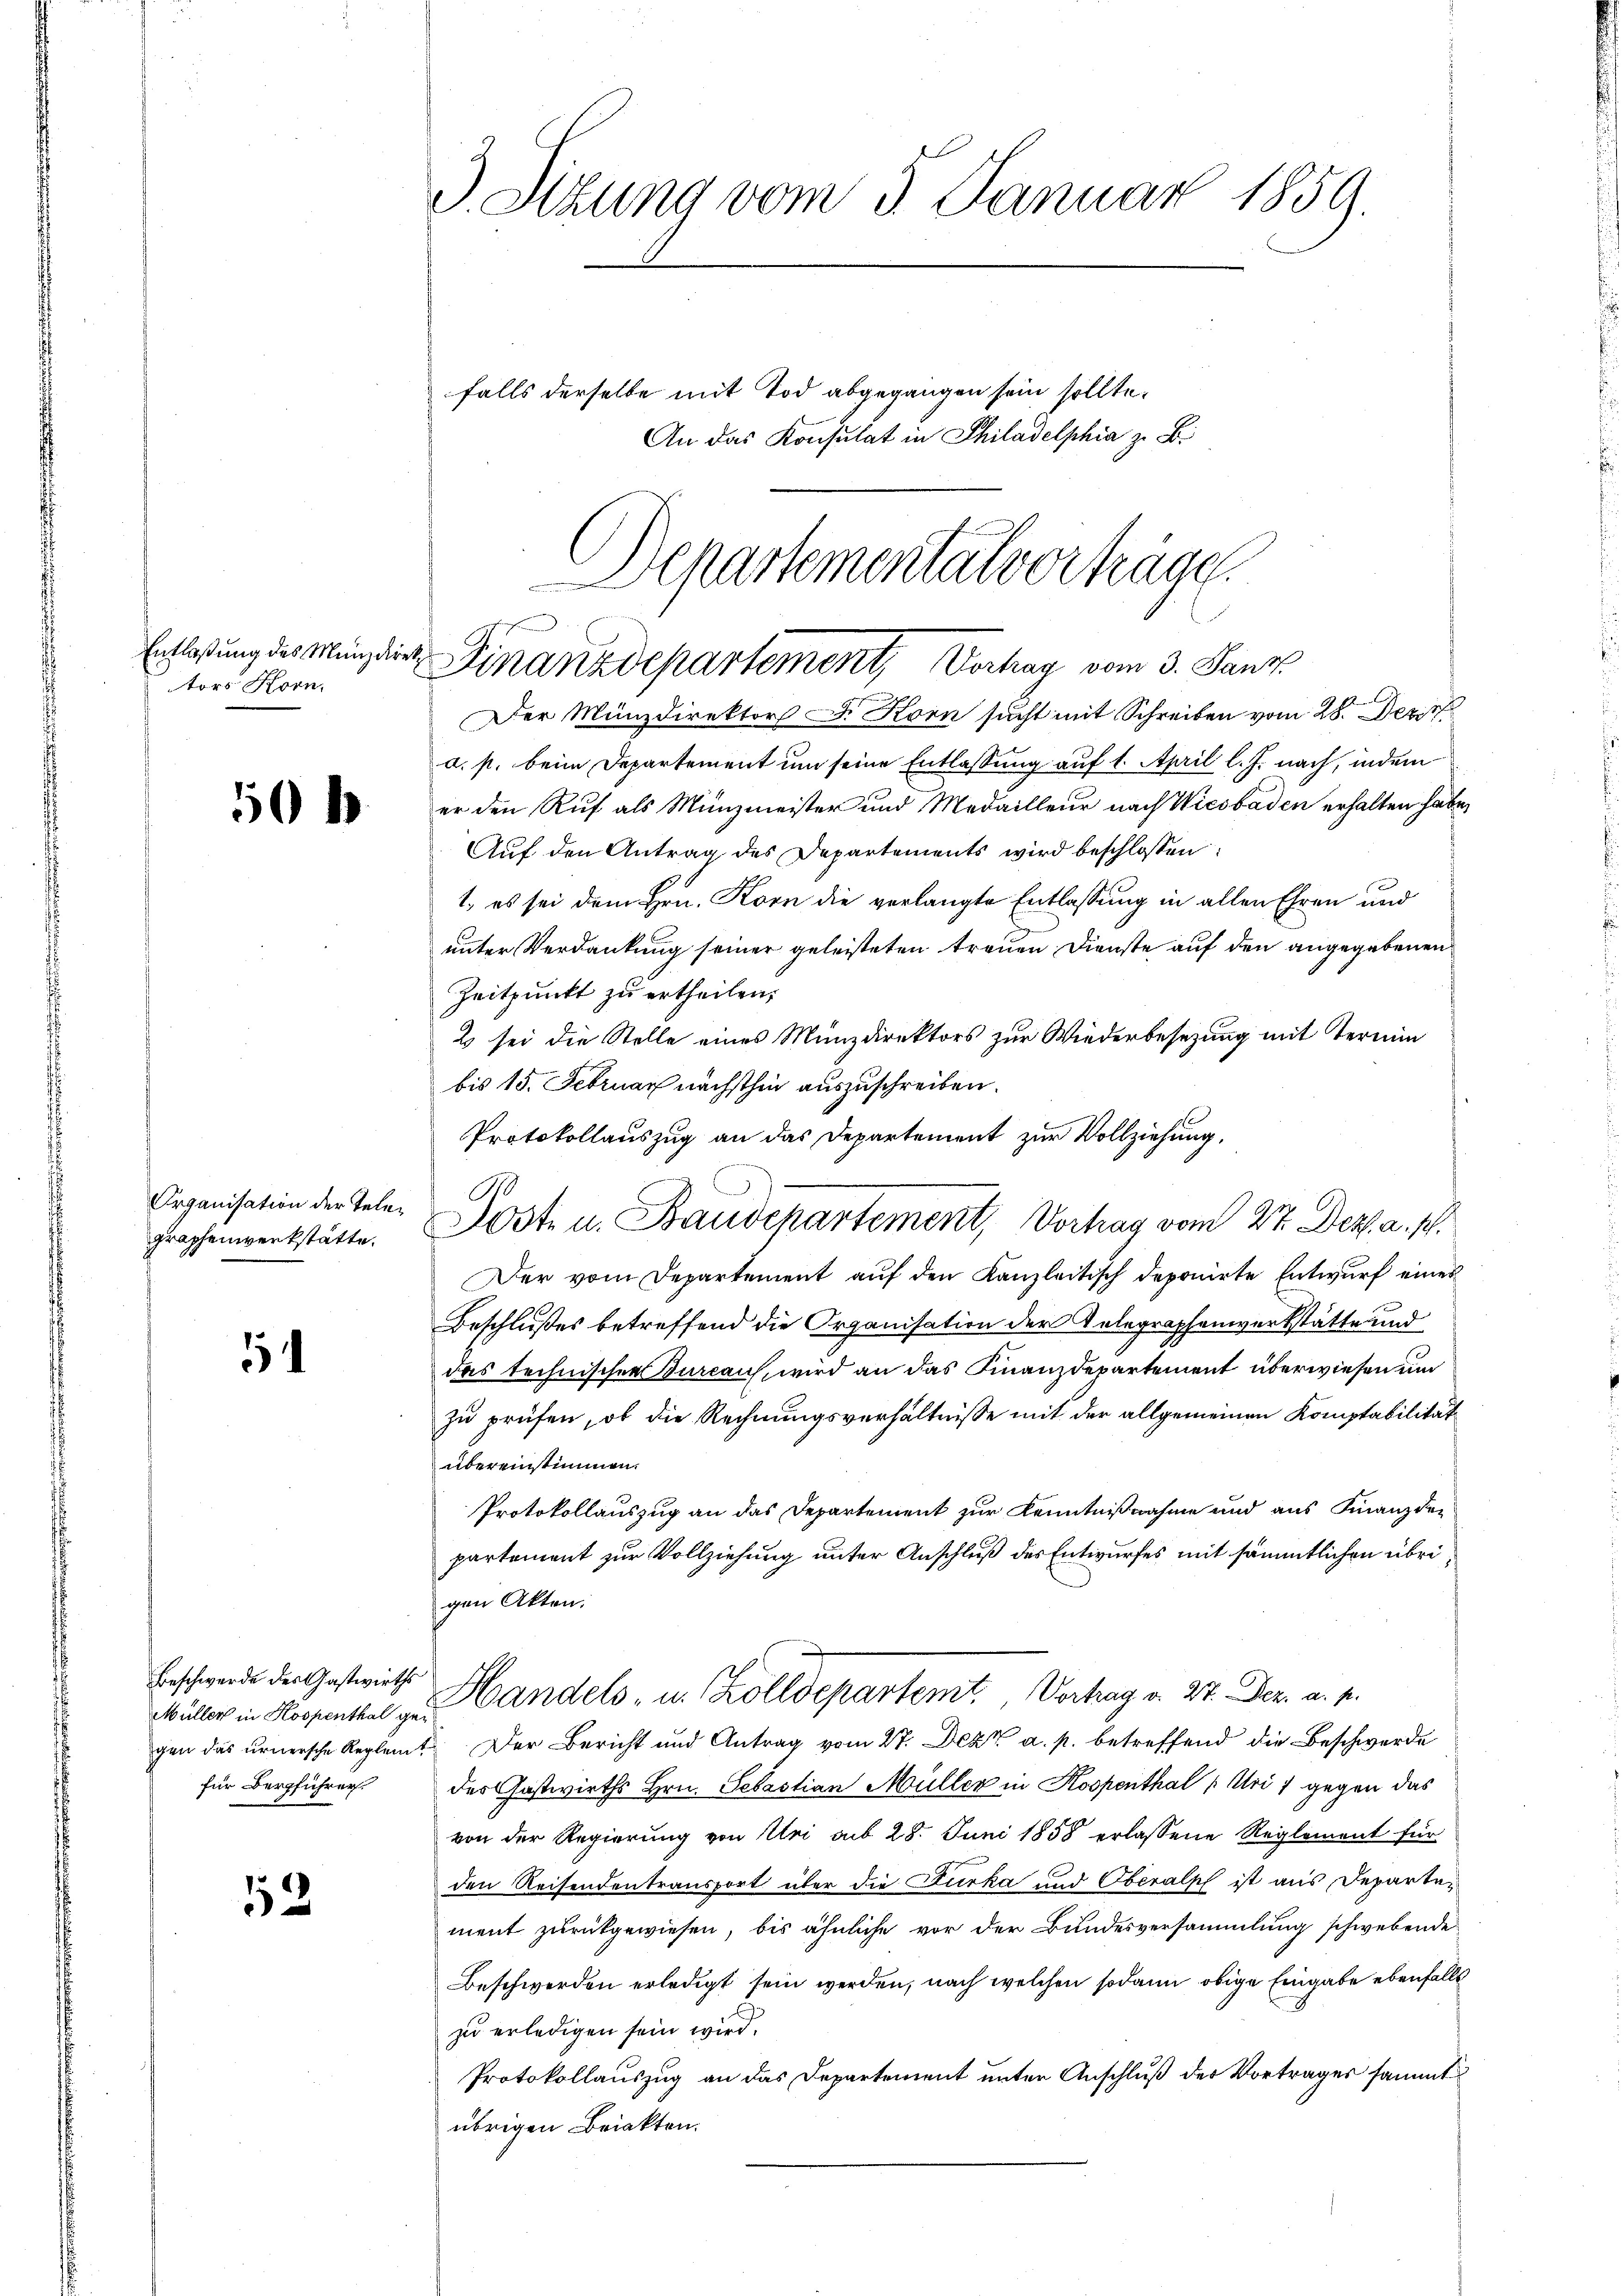
Entlaßung des Münzdirek
tors Korn,

501

1

Müller in Kospenthal gefür Bergführen.

52

Organisation der Telegraphenwerkstätte.

d. Stzung vom 3. Januar 1859.
falls derselbe mit Tod abgegangen sein sollte.
An das Konsulat in Philadelphia z. B.

Separtementalverhäge
Finanzdepartement, Verhag vom 3. Janz.
Der Münzdirektor Dr. Korn sucht mit Schreiben vom 28. Dez

a. p. beim Departement um seine Entlassung auf 1. April l. J. nach, indem
er den Ruf als Münzmeister und Medailleur nach Wiesbaden erhalten habe,
Auf den Antrag des Departements wird beschlossen:
1. es sei dem Hrn. Korn die verlangte Entlassung in allen Ehren und
unter Verdankung seiner geleisteten treuen Dienste auf den angegebenen
Zeitpunkt zu ertheilen,
2 sei die Stelle eines Münzdirektors zur Wiederbesezung mit Termin
bis 15. Februar nächsthin auszuschreiben.
Protokollauszug an das Departement zur Vollziehung,
Der vom Departement auf den Kanzleitisch deponirte Entwurf eines
Beschlußes betreffend die Organisation der Telegraphenwerkstätte und
das technischen Turcau, wird an das Finanzdepartement überwiesen und
zu prüfen, ob die Rechnungsverhältnisse mit der allgemeinen Komptabilität
übereinstimmen.
Protokollauszug an das Departement zur Kenntnißnahme und aus Finanzder
partement zur Vollziehung unter Anschluß des Entwurfes mit sämmtlichen übrigen Akten.
Beschwerde der Gestricts Handels- u. Kolldepartemt Vortrag u. 27. Dez. a. p.
gen das urnersche Reglent Der Bericht und Antrag vom 27. Dez. a. p. betreffend die Beschwerde
des Gastwirths Hrn. Sebastian Müller in Kospenthal (Uri) gegen das
von der Regierung von Uri ad 28. Juni 1858 erlassene Reglement für
den Reisendentransport über die Furka und Oberalp ist aus Departen
ment zurückgewiesen, bis ähnliche vor der Bundesversammlung schwebende
Beschwerden erledigt sein werden, nach welchen sodann obige Eingabe ebenfalls
zu erledigen sein wird.
Protokollauszug an das Departement unter Anschluß des Vortrages sammt
übrigen Briekten.

C

Poste u. Bauschartement, Vorhag vom 27. Dez. a. p.